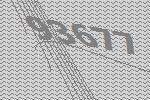
93677